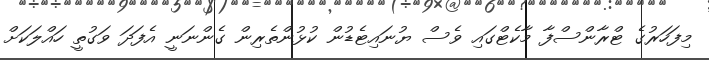
މިފަހަރުގެ ޓްރާންސްފާ މާކެޓްގައި ވެސް ޔުނައިޓެޑުން ކުޅުންތެރިން ގެންނަނީ އެފަދަ ވަގުތީ ހައްލަކަށް